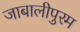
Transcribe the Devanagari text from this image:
जाबालीपुरम